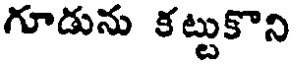
గూడును కట్టుకొని